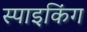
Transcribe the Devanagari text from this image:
स्पाइकिंग